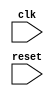
module pci_express_controller(
    input wire clk,
    input wire reset,
    // Add input and output ports as needed for data transfer
    
    // Timing control and synchronization blocks
    // Add code here for generating and synchronizing clock signals
    
    // Add code here for ensuring data integrity through handshaking protocols
    
    // Add code here for managing timing of data transfer operations
    
    // Add code here for error detection and correction mechanisms
    
    // Add code here for handling clock domain crossings
);

    // Define your Verilog code here

endmodule